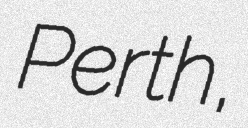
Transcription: Perth,